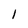
Character: I